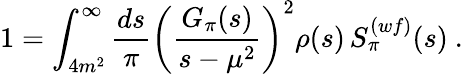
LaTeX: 1=\int_{4m^{2}}^{\infty}\frac{ds}{\pi}\left(\frac{G_{\pi}(s)}{s-\mu^{2}}\right)^{2}\rho(s)\, S_{\pi}^{(wf)}(s)\ .